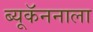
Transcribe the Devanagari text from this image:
ब्यूकॅननाला